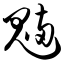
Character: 魉